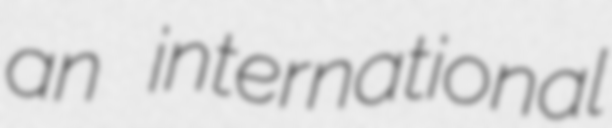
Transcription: an international